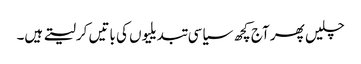
چلیں پھر آج کچھ سیاسی تبدیلیوں کی باتیں کرلیتے ہیں۔